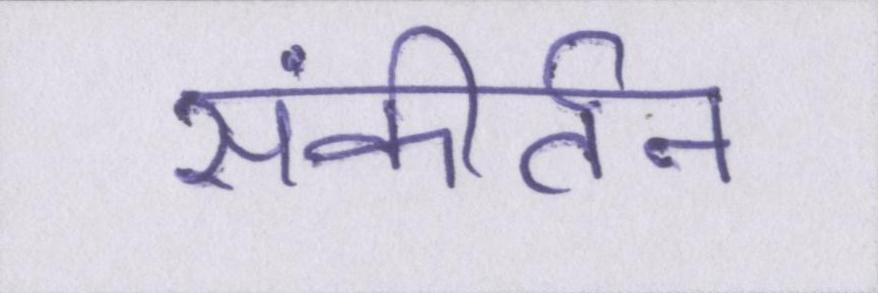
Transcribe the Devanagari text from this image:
संकीर्तन